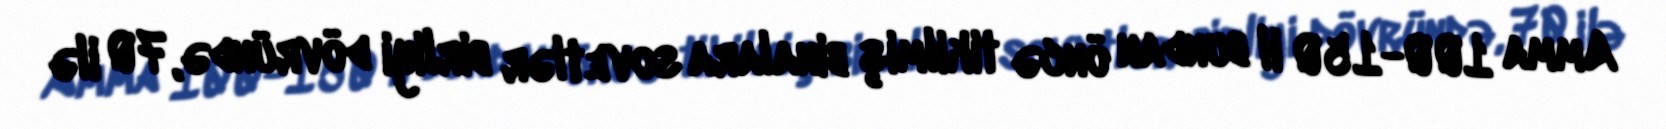
Amma 100-150 il bundan öncə tikilmiş binalara sovetlər birliyi dövründə, 70 ilə